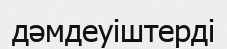
дәмдеуіштерді